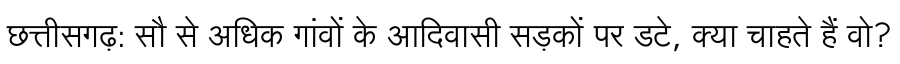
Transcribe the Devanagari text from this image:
छत्तीसगढ़: सौ से अधिक गांवों के आदिवासी सड़कों पर डटे, क्या चाहते हैं वो?